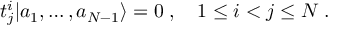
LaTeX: t _ { j } ^ { i } | a _ { 1 } , \ldots , a _ { N - 1 } \rangle = 0 \; , \quad 1 \leq i < j \leq N \; .